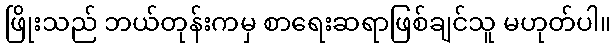
ဖြိုးသည် ဘယ်တုန်းကမှ စာရေးဆရာဖြစ်ချင်သူ မဟုတ်ပါ။